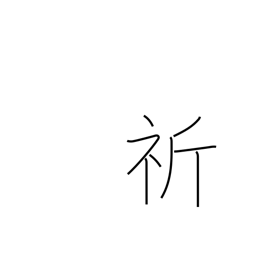
Meaning: wish